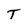
Character: T